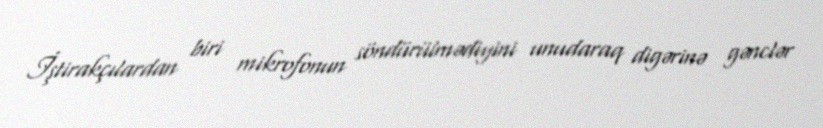
İştirakçılardan biri mikrofonun söndürülmədiyini unudaraq digərinə gənclər